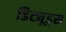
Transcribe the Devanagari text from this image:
डिट्यूड्स